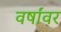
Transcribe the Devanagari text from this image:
वर्षांवर